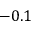
- 0 . 1